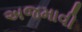
અજમાવી